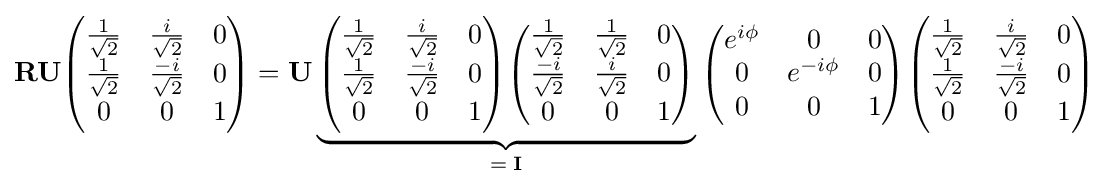
\mathbf {R} \mathbf {U} {\begin{pmatrix}{\frac {1}{\sqrt {2}}}&{\frac {i}{\sqrt {2}}}&0\\{\frac {1}{\sqrt {2}}}&{\frac {-i}{\sqrt {2}}}&0\\0&0&1\\\end{pmatrix}}=\mathbf {U} \underbrace {{\begin{pmatrix}{\frac {1}{\sqrt {2}}}&{\frac {i}{\sqrt {2}}}&0\\{\frac {1}{\sqrt {2}}}&{\frac {-i}{\sqrt {2}}}&0\\0&0&1\\\end{pmatrix}}{\begin{pmatrix}{\frac {1}{\sqrt {2}}}&{\frac {1}{\sqrt {2}}}&0\\{\frac {-i}{\sqrt {2}}}&{\frac {i}{\sqrt {2}}}&0\\0&0&1\\\end{pmatrix}}} _{=\;\mathbf {I} }{\begin{pmatrix}e^{i\phi }&0&0\\0&e^{-i\phi }&0\\0&0&1\\\end{pmatrix}}{\begin{pmatrix}{\frac {1}{\sqrt {2}}}&{\frac {i}{\sqrt {2}}}&0\\{\frac {1}{\sqrt {2}}}&{\frac {-i}{\sqrt {2}}}&0\\0&0&1\\\end{pmatrix}}